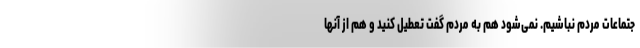
جتماعات مردم نباشیم. نمی‌شود هم به مردم گفت تعطیل کنید و هم از آنها